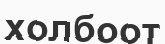
холбоот